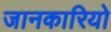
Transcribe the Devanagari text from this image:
जानकारियो